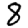
Digit: 8